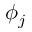
\phi _ { j }